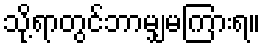
သို့ရာတွင်ဘာမျှမကြားရ။